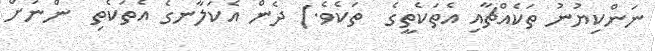
ނަންކިޔުނު ތަކެއްޗާއި އެތަކެތީގެ  ތަކެވެ.) ދެން އެކަލާނގެ އެތަކެތި  ންނަށް